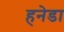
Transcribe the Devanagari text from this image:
हनेडा